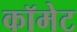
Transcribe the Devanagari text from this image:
कॉमेट